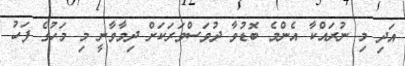
އަދި މި ނުރައްކާ އެންމެ ބޮޑުވާ ދުވަސްވަރަކަށް ދިމާވާނީ މި މަހުގެ ފަހު